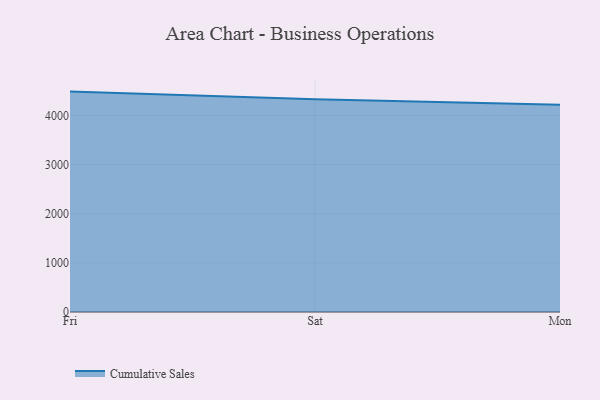
{"axis": {"x": "Day", "y": "LTV (USD)"}, "legend": ["Cumulative Sales"], "data": [{"x": "Fri", "y": 4482.9, "type": "Cumulative Sales"}, {"x": "Sat", "y": 4327.8, "type": "Cumulative Sales"}, {"x": "Mon", "y": 4217.9, "type": "Cumulative Sales"}]}